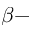
\beta -